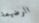
الرضيعة